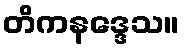
တိကနဒ္ဒေသ။